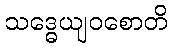
သဒ္ဓေယျဝစောတိ